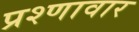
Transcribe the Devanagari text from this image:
प्रश्णावार